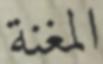
المغنة